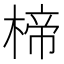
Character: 楴